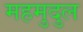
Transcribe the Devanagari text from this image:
महमुदुल